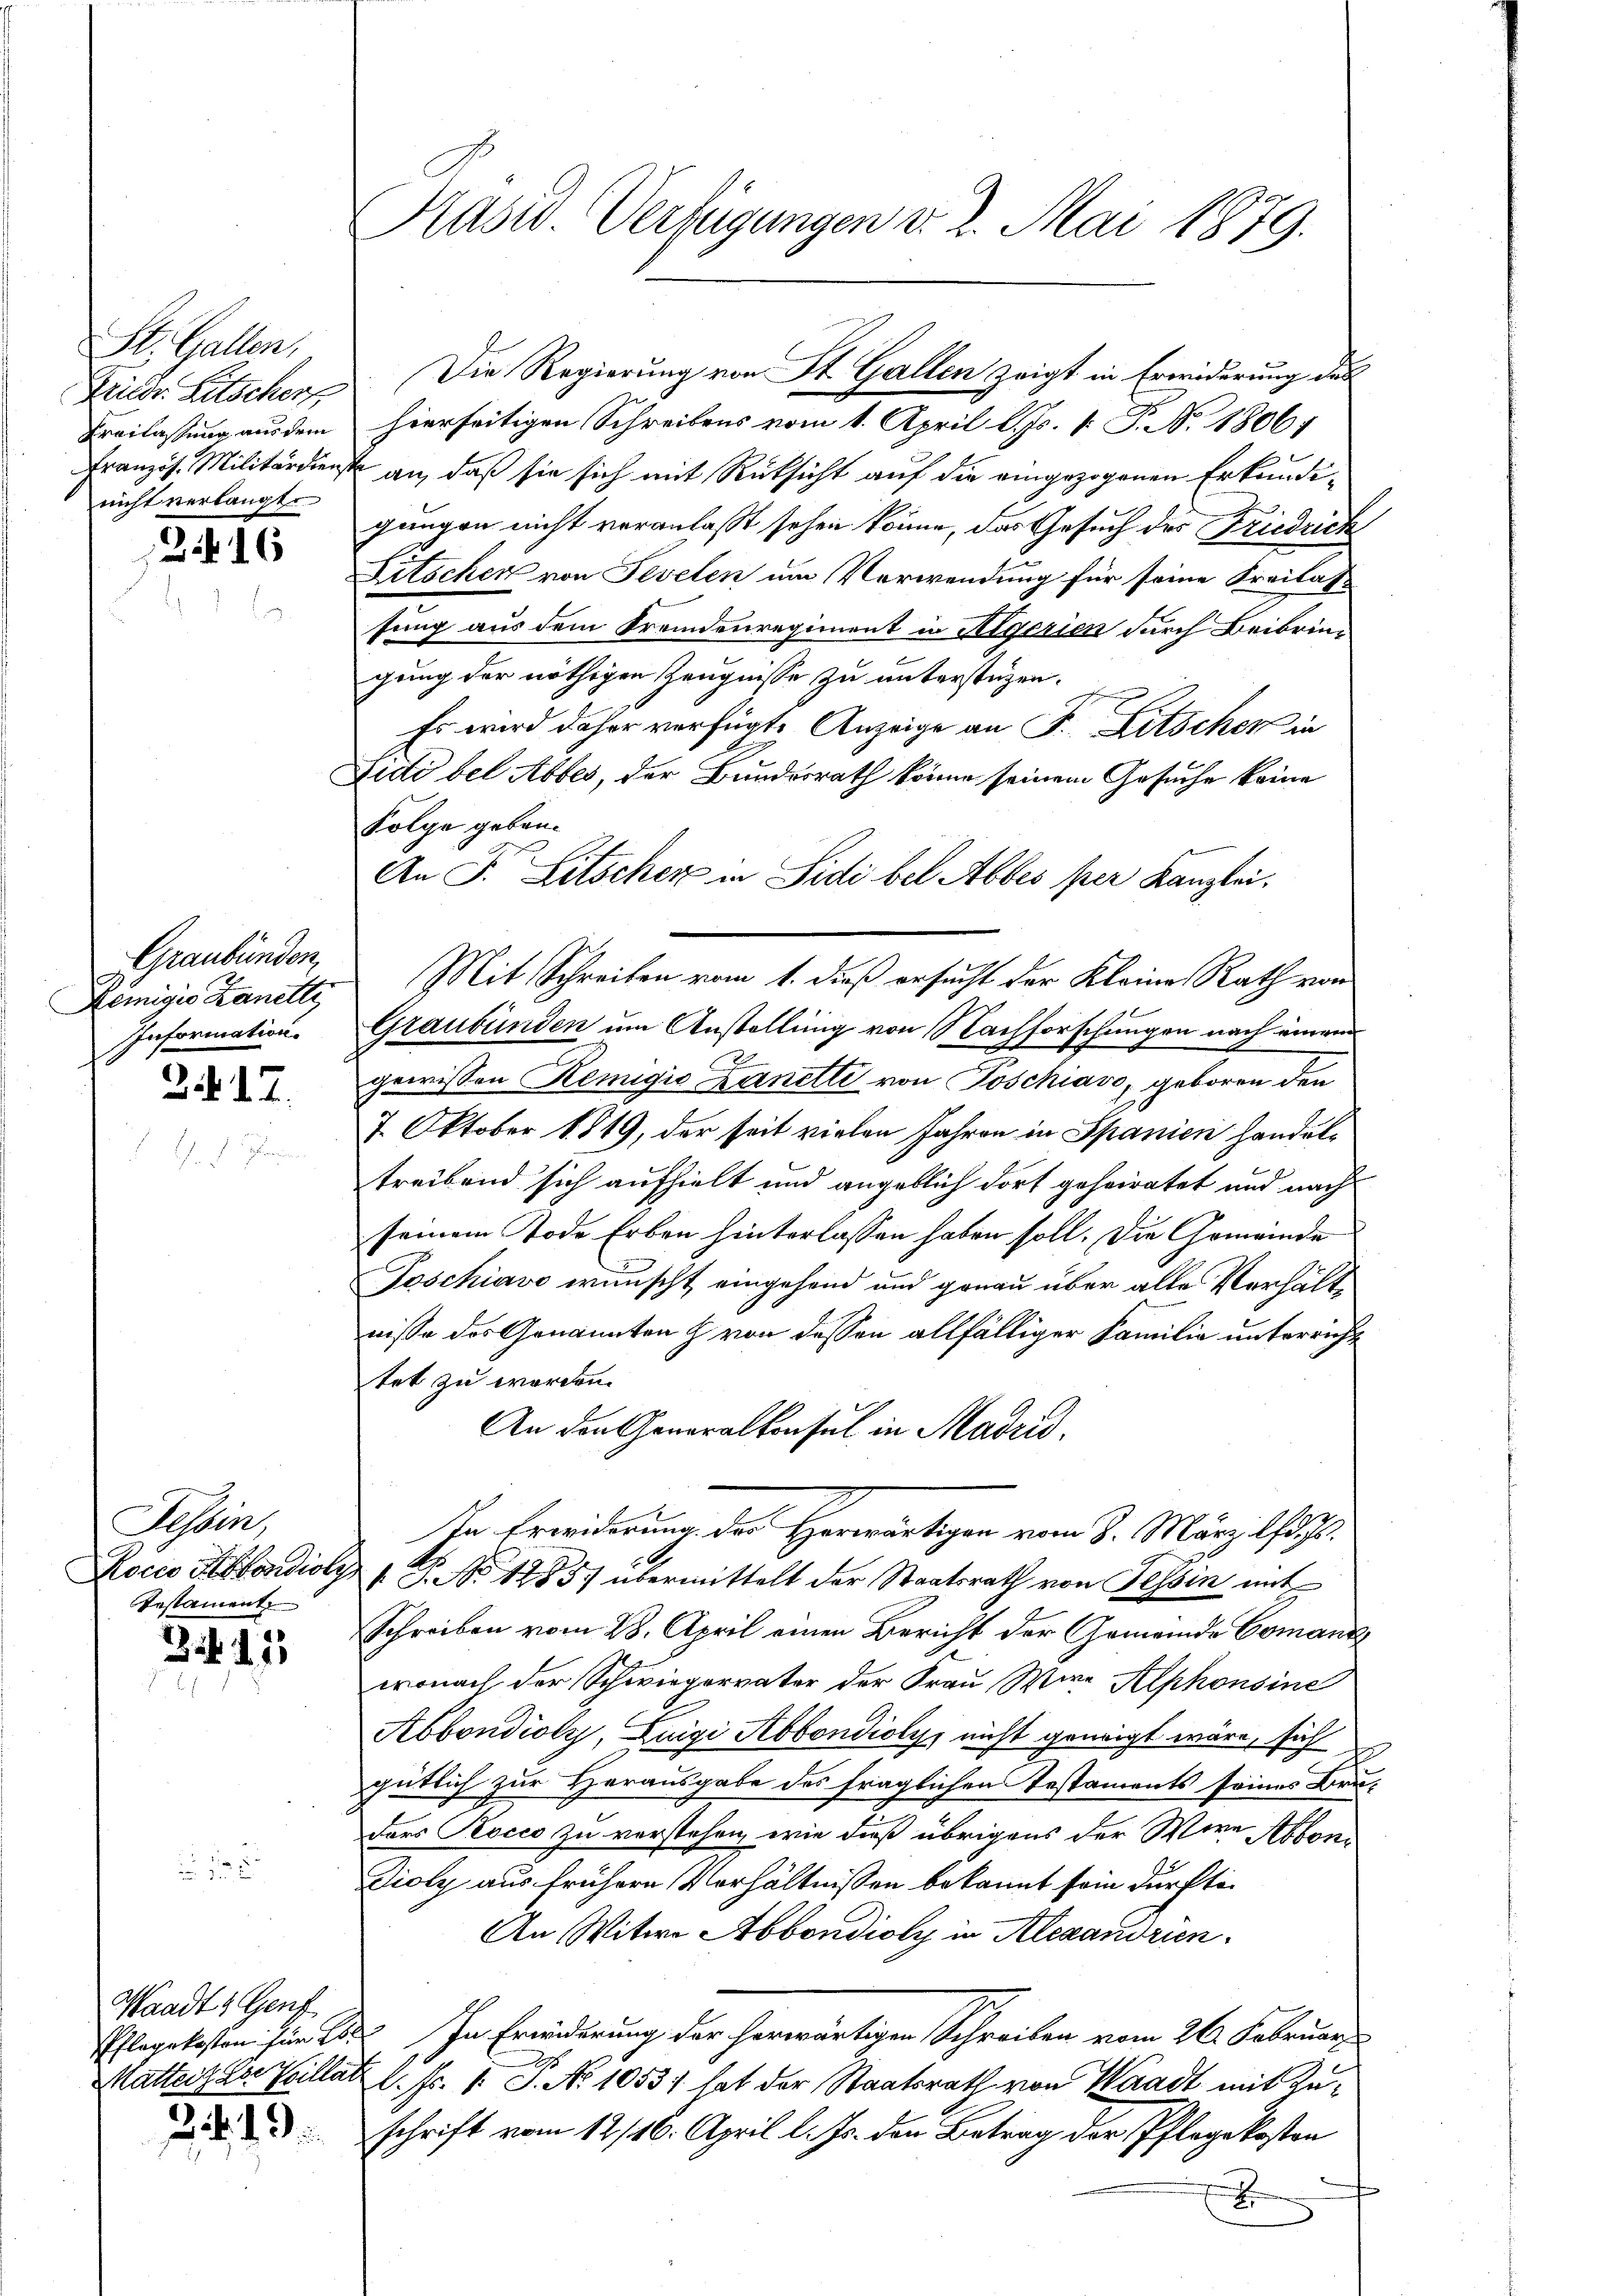
St. Gallen,
Frieder Litschorf,
Freilassung aus dem
Französ. Militärdien
nicht verlangt.

2

Graubünden
Pumisis Kanilly
Information.

2. 17.

Tessin,
Rocis Kondioly
Testament

3411

Waadt & Gent

24. 19.

Präsid. Verfügungen v. 2. Mai 1879.

hierseitigen Schreibens vom 1. April l. Js. [ P. No. 1806.
an, daß sie sich mit Rüksicht auf die eingezogenen Erkundigangen nicht veranlaßt sehen könne, das Gesuch des Friedrich
Litocker von Sevelen um Verwendung für seine Freilas-
sung aus dem Fremdenregiment in Algerien durch Beibringung der nöthigen Zeugnisse zu unterstüzen.
Es wird daher verfügte Anzeige an F. Litscher in
Licti bei Abbes, der Bundesrath könne seinem Gesuche keine
Folge gebau¬
An F. Litschek in Sidi bel Abbes per Kanzlei.
Graubünden um Anstellung von Nachforschungen nach unwe
gewissen Remigić Zanetti von Poschiavo, geboren den
7. Oktober 1819, der seit vielen Jahren in Spanien handeltreibend sich aufhielt und angeblich dort geheiratet und nach
seinem Tode Erben hinterlassen haben soll. Die Gemeinde
Joschiavo wünscht eingehend und genau über alle Verhältnisse des Genannten h von dessen allfälliger Familie unterricht
tet zu werden.
An den Generalkonsul in Madrid.
In Erwiderung des Herwärtigen vom 3. März l. 9.
1. No. 1885) übermittelt der Staatsrath von Tessin mit
Schreiben vom 28. April einen Bericht der Gemeinde Comanzi
wonach der Schwiegervater der Frau Were Alphonsine
Abbondiolz, Luigi Abbondioly nicht geneigt wäre, sich
gütlich zur Herausgabe des fraglichen Testaments seines Bru-
ders Kocco zu verstehen, wie dieß übrigens der Were Abboni
Dioly aus frühere Verhältnissen bekannt sein dürfti¬
An Witwe Abbondioly in Alexandrien.
Pflegekosten hier 2 In Erwiederung der herwärtigen Schreiben vom 26. Februar
9
Mattenz der Heillat l. Fr. 1. J. No 1053) hat der Staatsrath von Waadt mit Zuschrift vom 12/16. April l. Js. den Betrag der Pflegekosten
c

Die Regierung von St. Gallen zeigt in Erwiderung des

Mit Schreiben vom 1. dieß ersucht der Kleine Rath von